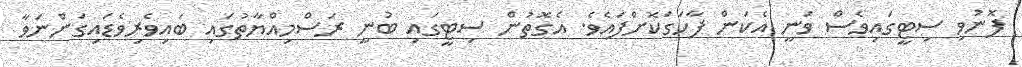
ފޮނުވި ސިޓީގައިވެސް ވަނީ އެކަން ފާހަގަކޮށްފައެވެ. އެގޮތުން ސިޓީގައި ބުނީ ރަސްމިއްޔާތުގައި ބައިވެރިވެޑައިގަންނަވާ